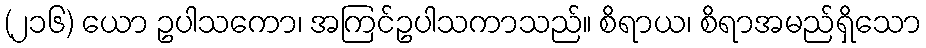
(၂၁၆) ယော ဥပါသကော၊ အကြင်ဥပါသကာသည်။ စိရာယ၊ စိရာအမည်ရှိသော